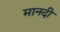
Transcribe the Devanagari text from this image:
मानदी